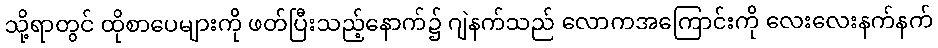
သို့ရာတွင် ထိုစာပေများကို ဖတ်ပြီးသည့်နောက်၌ ဂျဲနက်သည် လောကအကြောင်းကို လေးလေးနက်နက်